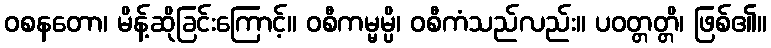
ဝစနတော၊ မိန့်ဆိုခြင်းကြောင့်။ ဝစီကမ္မမ္ပိ၊ ဝစီကံသည်လည်း။ ပဝတ္တတ္တိ၊ ဖြစ်၏။